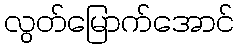
လွတ်မြောက်အောင်